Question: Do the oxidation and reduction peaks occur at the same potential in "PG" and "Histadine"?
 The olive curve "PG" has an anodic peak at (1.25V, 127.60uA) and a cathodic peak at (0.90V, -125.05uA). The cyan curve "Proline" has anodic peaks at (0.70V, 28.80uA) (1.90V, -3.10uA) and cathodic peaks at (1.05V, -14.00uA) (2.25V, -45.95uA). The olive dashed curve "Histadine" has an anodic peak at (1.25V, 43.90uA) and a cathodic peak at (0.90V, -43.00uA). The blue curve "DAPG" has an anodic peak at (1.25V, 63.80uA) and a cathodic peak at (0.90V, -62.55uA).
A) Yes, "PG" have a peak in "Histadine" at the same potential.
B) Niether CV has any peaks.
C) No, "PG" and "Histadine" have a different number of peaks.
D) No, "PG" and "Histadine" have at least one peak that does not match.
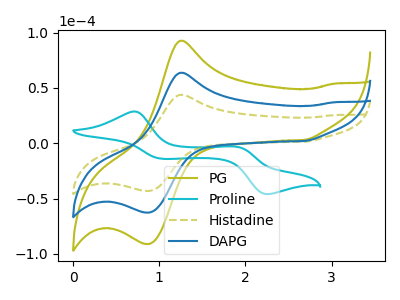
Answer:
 <answer>A) Yes, "PG" have a peak in "Histadine" at the same potential.</answer>
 <eval>A</eval>